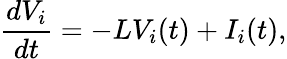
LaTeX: \frac{dV_{i}}{dt}=-LV_{i}(t)+I_{i}(t),